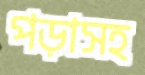
পড়াসহ